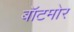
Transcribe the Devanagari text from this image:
बॉटमोर